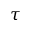
\tau